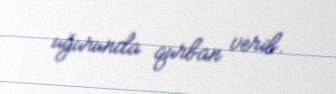
uğurunda qurban verib.